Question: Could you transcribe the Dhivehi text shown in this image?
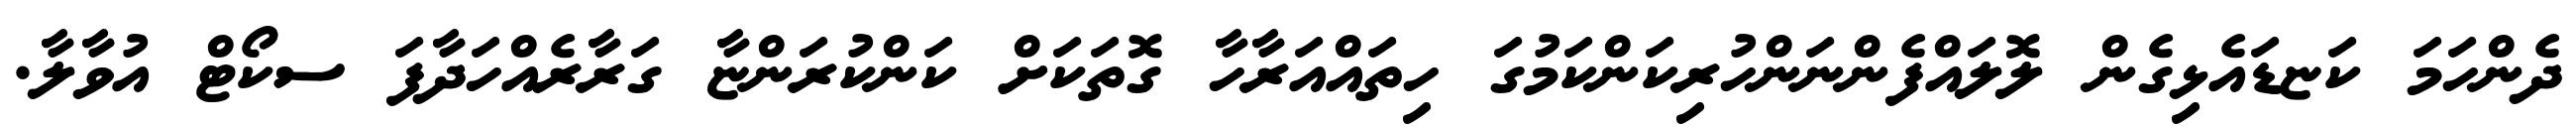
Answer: ދެންހަމަ ކަޏޑައެޅިގެން ލޮލައްފެންނަންހުރިކަންކަމުގަ ހިތައްއަރާހާ ގޮތަކަށް ކަންކުރަންޏާ ގަރާރެއްހަދާފަ ސކޯޓް އުވާލާ.